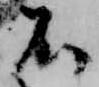
不